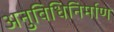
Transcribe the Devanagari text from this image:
अनुविधिनिर्माण